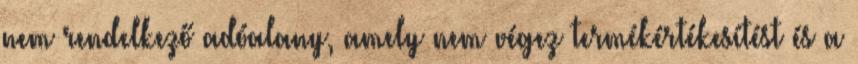
nem rendelkező adóalany, amely nem végez termékértékesítést és a